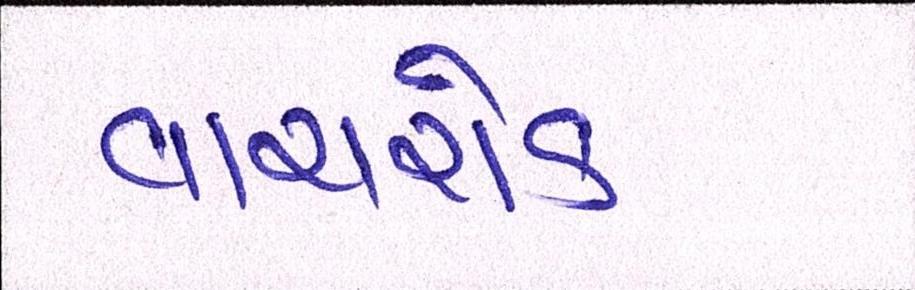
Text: વાયરોક